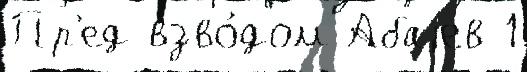
Пр'ед взво́дом Абаjев 1